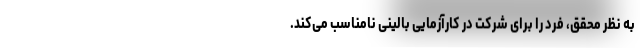
به نظر محقق، فرد را برای شرکت در کارآزمایی بالینی نامناسب می‌کند.